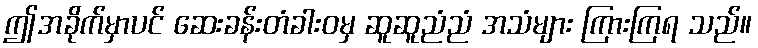
ဤအခိုက်မှာပင် ဆေးခန်းတံခါးဝမှ ဆူဆူညံညံ အသံများ ကြားကြရ သည်။